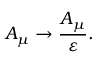
A _ { \mu } \rightarrow \frac { A _ { \mu } } { \varepsilon } .